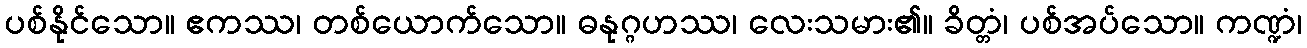
ပစ်နိုင်သော။ ဧကဿ၊ တစ်ယောက်သော။ ဓနုဂ္ဂဟဿ၊ လေးသမား၏။ ခိတ္တံ၊ ပစ်အပ်သော။ ကဏ္ဍံ၊